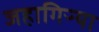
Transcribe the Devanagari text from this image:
जहागिऱ्या